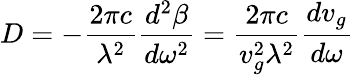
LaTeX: D=-{\frac{2\pi c}{\lambda^{2}}}{\frac{d^{2}\beta}{d\omega^{2}}}={\frac{2\pi c}{v_{g}^{2}\lambda^{2}}}{\frac{dv_{g}}{d\omega}}